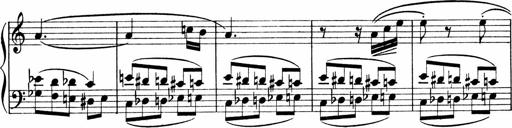
Title: Sonatina No.1
Composer: Otto Stoll
Key: C major